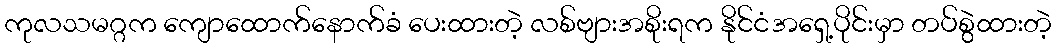
ကုလသမဂ္ဂက ကျောထောက်နောက်ခံ ပေးထားတဲ့ လစ်ဗျားအစိုးရက နိုင်ငံအရှေ့ပိုင်းမှာ တပ်စွဲထားတဲ့